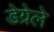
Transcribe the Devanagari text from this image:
डेग्रेले